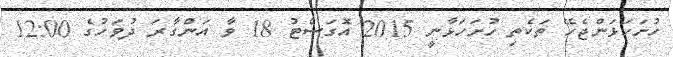
ހުށަހަޅަންޖެހޭ ތަކެތި ހުށަހަޅާނީ 2015 އޮގަސްޓު 18 ވާ އަންގާރަ ދުވަހުގެ 12:00